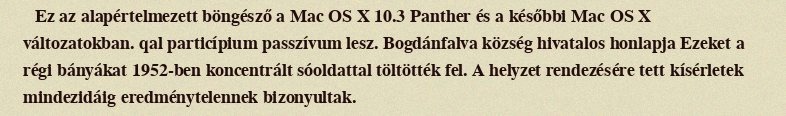
Ez az alapértelmezett böngésző a Mac OS X 10.3 Panther és a későbbi Mac OS X változatokban. qal particípium passzívum lesz. Bogdánfalva község hivatalos honlapja Ezeket a régi bányákat 1952-ben koncentrált sóoldattal töltötték fel. A helyzet rendezésére tett kísérletek mindezidáig eredménytelennek bizonyultak.